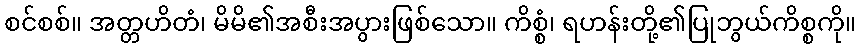
စင်စစ်။ အတ္တဟိတံ၊ မိမိ၏အစီးအပွားဖြစ်သော။ ကိစ္စံ၊ ရဟန်းတို့၏ပြုဘွယ်ကိစ္စကို။